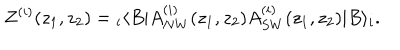
LaTeX: Z ^ { ( i ) } ( z _ { 1 } , z _ { 2 } ) = { } _ { i } \langle B | A _ { N W } ^ { ( i ) } ( z _ { 1 } , z _ { 2 } ) A _ { S W } ^ { ( i ) } ( z _ { 1 } , z _ { 2 } ) | B \rangle _ { i } .